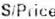
S/PRICE